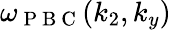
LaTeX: \omega_{\mathrm{~P~B~C~}}(k_{2},k_{y})